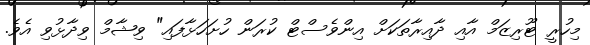
މިހުރީ ޓޫރިޒަމް އާއި ދާއިރާތަކަށް އިންވެސްޓް ކުރަން ހުށަހަޅާފައި" ވިޝާމް ވިދާޅުވި އެވެ.